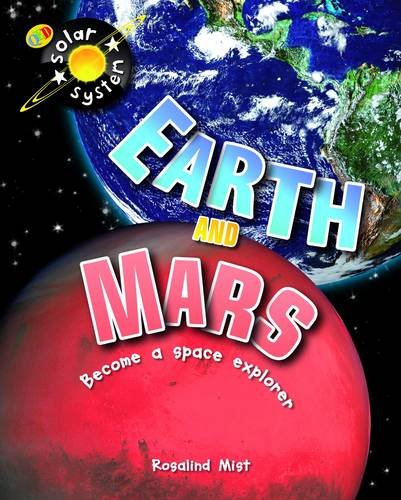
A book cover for Earth and Mars (Solar System); Rosalind Mist; Science & Math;